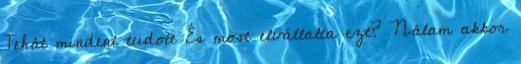
Tehát mindent tudott És most elvállalta ezt? Nálam akkor